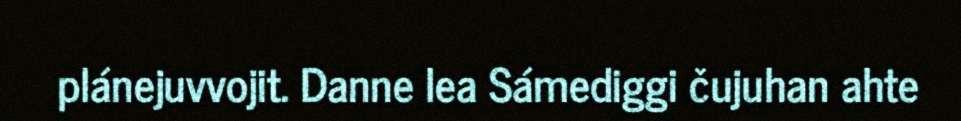
plánejuvvojit. Danne lea Sámediggi čujuhan ahte